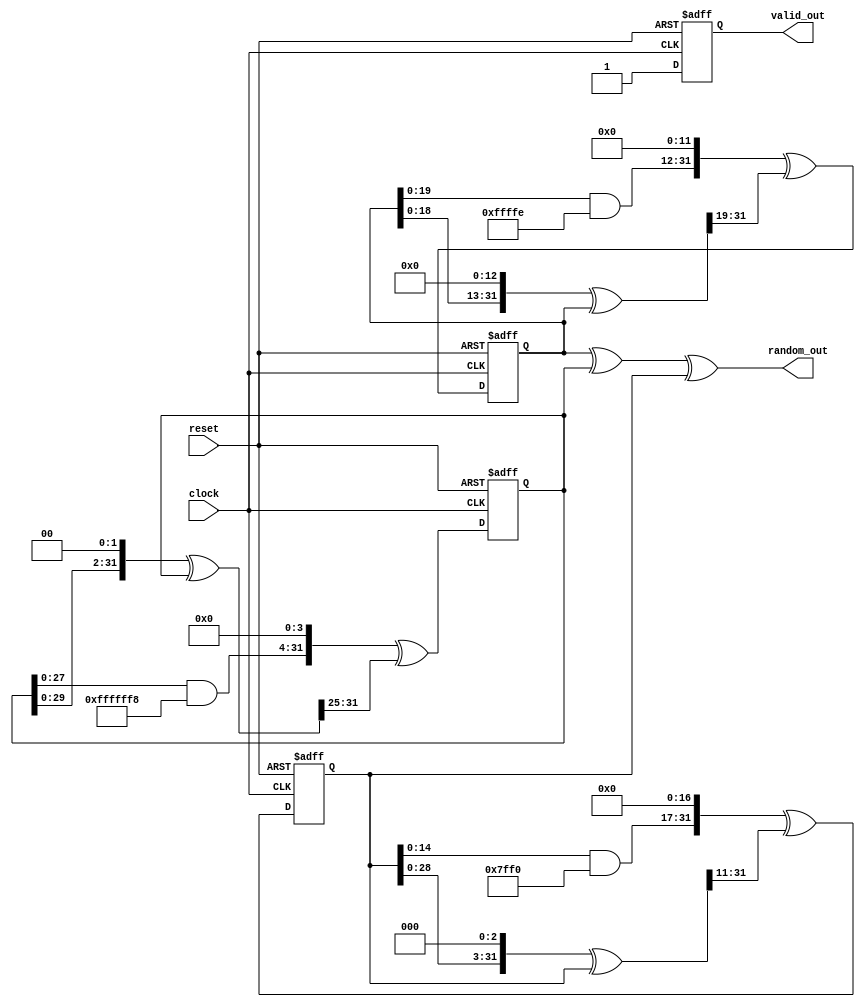
`timescale 1ns / 1ps

module tausworthe_3(
    input clock,
    input reset,
    output [31:0] random_out,
    output reg valid_out
    );
    
   
    wire [31:0] b1,b2,b3;
    wire [31:0] next_S0, next_S1, next_S2;
    reg [31:0] S0_reg, S1_reg, S2_reg;
    
    assign b1      = (((S0_reg << 13) ^ S0_reg) >> 19);
    assign next_S0 = (((S0_reg & 32'hfffffffe) << 12) ^ b1);
    assign b2      = (((S1_reg << 2 ) ^ S1_reg) >> 25);
    assign next_S1 = (((S1_reg & 32'hfffffff8) << 4 ) ^ b2);
    assign b3      = (((S2_reg << 3 ) ^ S2_reg) >> 11);
    assign next_S2 = (((S2_reg & 32'hfffffff0) << 17) ^ b3);
    
    assign random_out = S0_reg ^ S1_reg ^ S2_reg;
    
    always @(posedge clock or posedge reset)
      if (reset)
      begin
        S0_reg <= 32'hfffff0f0;
        S1_reg <= 32'hccccc0c0;
        S2_reg <= 32'hffff0000;
        valid_out <= 1'b0;
      end
      else
      begin 
        S0_reg <= next_S0;
        S1_reg <= next_S1;
        S2_reg <= next_S2;
        valid_out <= 1'b1;
      end
endmodule